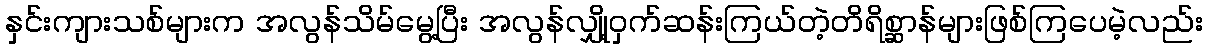
နှင်းကျားသစ်များက အလွန်သိမ်မွေ့ပြီး အလွန်လျှို့ဝှက်ဆန်းကြယ်တဲ့တိရိစ္ဆာန်များဖြစ်ကြပေမဲ့လည်း